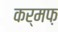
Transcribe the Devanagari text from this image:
कर्मफ़